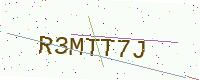
Text: R3MTT7J